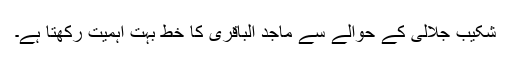
شکیب جلالی کے حوالے سے ماجد الباقری کا خط بہت اہمیت رکھتا ہے۔